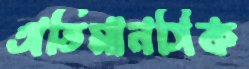
অতিমানসিক